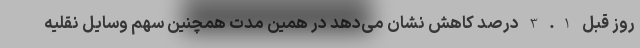
روز قبل 1. 3 درصد کاهش نشان می‌دهد در همین مدت همچنین سهم وسایل نقلیه